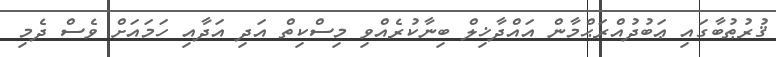
ޤުރުޠުބާގައި ޢަބުދުއްރަޙްމާން އައްދާޚިލް ބިނާކުރެއްވި މިސްކިތް އަދި އަދާއި ހަމައަށް ވެސް ދެމި